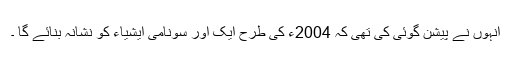
انہوں نے پیشن گوئی کی تھی کہ 2004ء کی طرح ایک اور سونامی ایشیاء کو نشانہ بنائے گا ۔